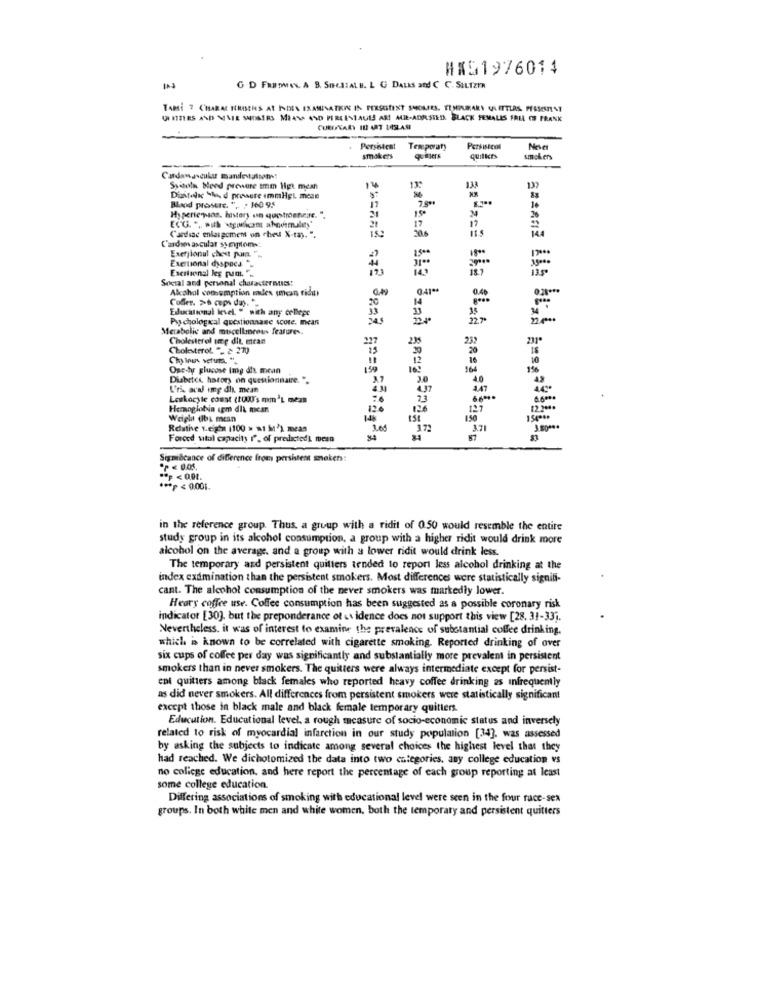
#X51976014
G D FREDMEN A B. SOCIALE. L G DALLS and C C. SILIZER
TABE 7 CHARAC TERISENS AT INDEN ISAMINATKINE IN PERSONIST SMOKERS. TEMPURARY UI ITTERS PESSESTINT
UITERS AND NATE SHOWERS MEANS AND PIREESTAULS AR! ALE-ADALSTED. BLACK FEMALES FREL OS FRANK
CUREAVARY IL ART 14SLAS
Persistent
Temporary
smokers
Quilkts
smakers
Cardawascukur mandevaison -!
Suecia blend prewere imm Het mean
137
Diastolic She d presere immHEL mese
8.3 **
Bland prostre. " .. / 160 95
Hyperie pas. history en questroenere. ".
15º
17
20.6
144
Cardiac enlasgemen on cheu X-ray. ".
Cardim ascular symptoms:
Exerjlonul chest puma. "-
17000
1800
Exertional dyspnea
Soctal and personal charactermuss:
Akphol cothumption mdes (mcan tida!
Coffer. >6 cups das.
20
0.40
Educational level. " with any college
33
Psychological questionsane score. mean
*===== G72 3827
Metabolic and miscellaneous features,
Cholesterol tmg dit. mran
227
235
Cholesterol "- > 270
232
Chylnus vefuta. "
10
Ose-tyr glucose img dh mean
150
8848
164
Diabetes, hatory on questionnaire.".
3.0
4.0
Urs acal img dit. mean
4.37
447
Lotkacyle const (toW's mm'L mean
23
Hemoglobin igm dit mes
120
126
127
124.
Weight (Ibs mean
150
Reathe v.eigen 1100 > at M') mean
372
3.71
Forced sital capacity r", of predicted] mean
87
Sigmißcance of difference from persistent smeken:
*** P < 0.001.
in the reference group. Thus, a group with a ridit of 0.50 would resemble the entire
study group in its alcohol consumption, a group with a higher ridit would drink more
alcohol on the average, and a group with a lower ridit would drink less.
The temporary and persistent quitters tended to report less alcohol drinking at the
index examination than the persistent smokers. Most differences were statistically signifi-
cant. The alcohol consumption of the never smokers was markedly lower.
Heary coffee use. Coffee consumption has been suggested as a possible coronary risk
indicator [30]. but the preponderance of us idence does not support this view [28. 31-33].
Nevertheless, it was of interest to examine the prevalence of substantial coffee drinking.
which is known to be correlated with cigarette smoking, Reported drinking of over
six cups of coffee per day was significantly and substantially more prevalent in persistent
smokers than in never smokers. The quitters were always intermediate except for persist-
ent quitters among black females who reported heavy coffee drinking as infrequently
as did never smokers. All differences from persistent smokers were statistically significant
except those in black male and black female temporary quitters.
Education. Educational level, a rough measure of socio-economic status and inversely
related to risk of myocardial infarction in our study population [34]. was assessed
by asking the subjects to indicate among several choices the highest level that they
had reached. We dichotomized the data into two categories, any college education vs
no college education, and here report the percentage of each group reporting at least
some college education.
Differing associations of smoking with educational level were seen in the four race-sex
groups. In both white men and white women, both the temporary and persistent quitters